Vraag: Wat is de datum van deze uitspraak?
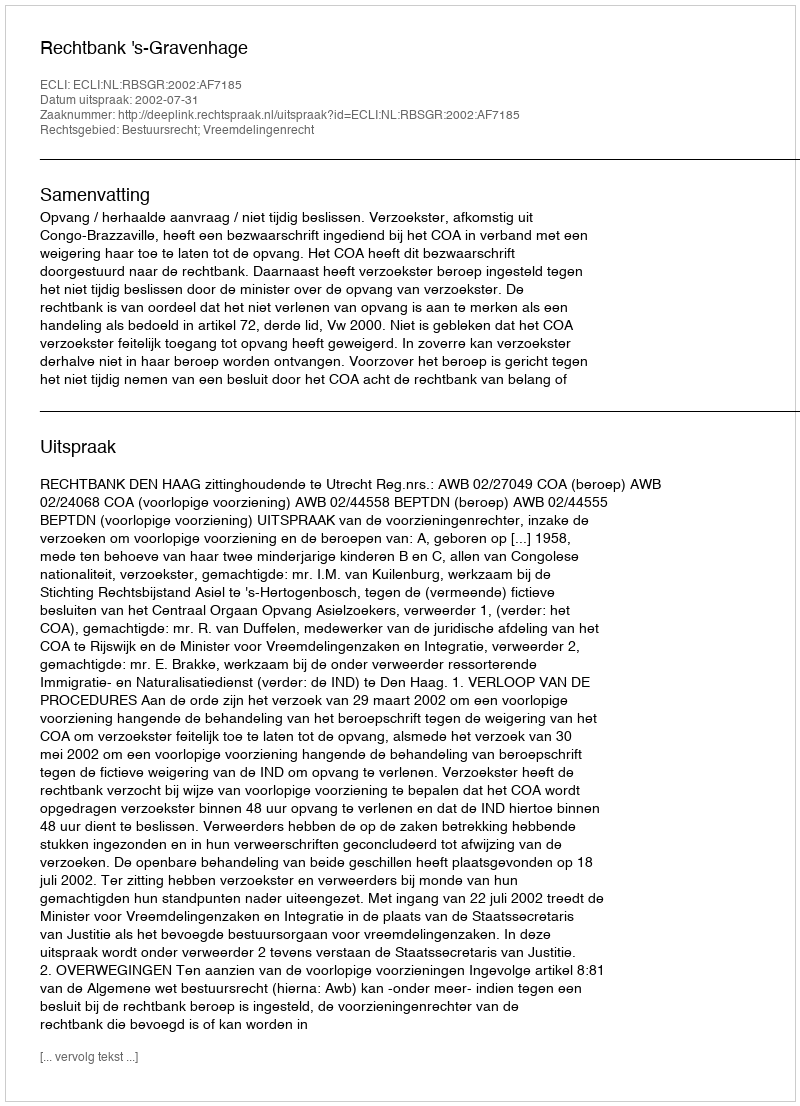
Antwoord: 2002-07-31